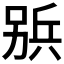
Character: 𠔦